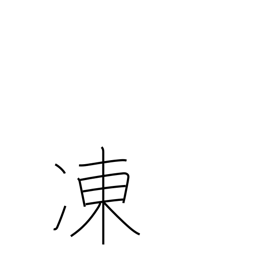
Meaning: frozen